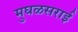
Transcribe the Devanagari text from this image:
मुघळसराई